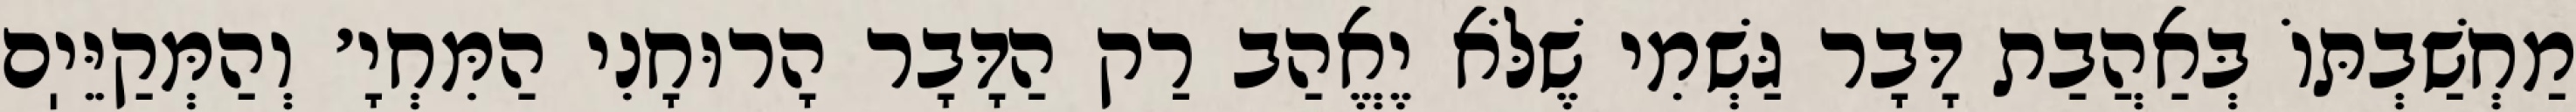
מַחְשַׁבְתּוֹ בְּאַהֲבַת דָּבָר גַּשְׁמִי שֶׁלֹּא יֶאֱהַב רַק הַדָּבָר הָרוּחָנִי הַמִּחְיָ׳ וְהַמְּקַיֵּיֽם